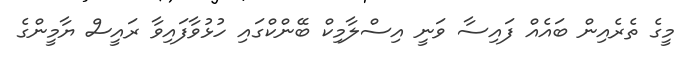
މީގެ ތެރެއިން ބައެއް ފައިސާ ވަނީ އިސްލާމިކް ބޭންކްގައި ހުޅުވާފައިވާ ރައީސް ޔާމީންގެ